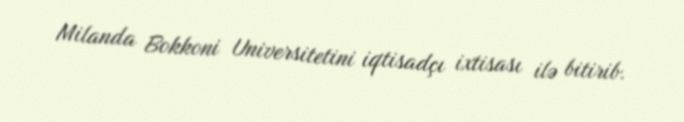
Milanda Bokkoni Universitetini iqtisadçı ixtisası ilə bitirib.